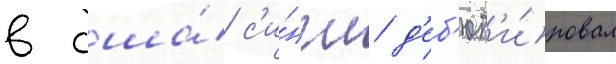
в сша́ с'и́нгл д'еб'ют'и́ровал